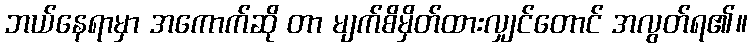
ဘယ်နေရာမှာ အကောက်ဆို တာ မျက်စိမှိတ်ထားလျှင်တောင် အလွတ်ရ၏။